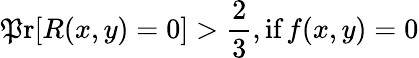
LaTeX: \operatorname*{\mathfrak{P}r}[R(x,y)=0]>{\frac{{2}}{{3}}},{\textrm{{if}}}\, f(x,y)=0